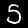
Label: 5